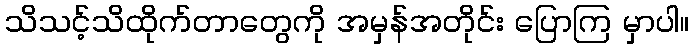
သိသင့်သိထိုက်တာတွေကို အမှန်အတိုင်း ပြောကြ မှာပါ။